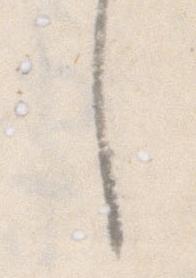
し